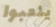
يلعبوا